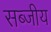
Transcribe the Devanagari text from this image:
सब्जीय